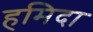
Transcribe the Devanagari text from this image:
हमिदा